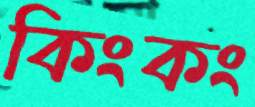
কিংকং